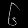
Digit: ၆